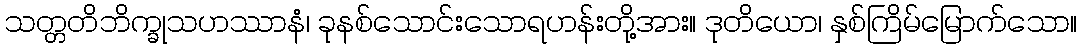
သတ္တတိဘိက္ခုသဟဿာနံ၊ ခုနစ်သောင်းသောရဟန်းတို့အား။ ဒုတိယော၊ နှစ်ကြိမ်မြောက်သော။